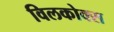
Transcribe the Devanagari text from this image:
विलकोक्स